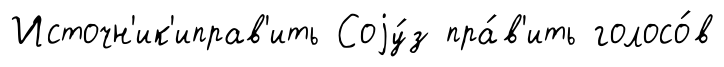
Источн'ик'иправ'ить Соjу́з пра́в'ить голосо́в